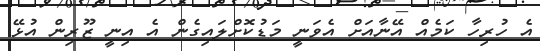
އެ ހުރިހާ ކަމެއް އޭނާއަށް އެވަނީ މަޑުކޮށްލައިގެން އެ އިނީ ޒޫރިން އުޅޭ